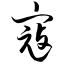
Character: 寇